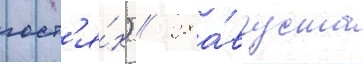
гост'я́х) // 28 а́вгуста